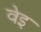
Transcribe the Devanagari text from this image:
वेइ